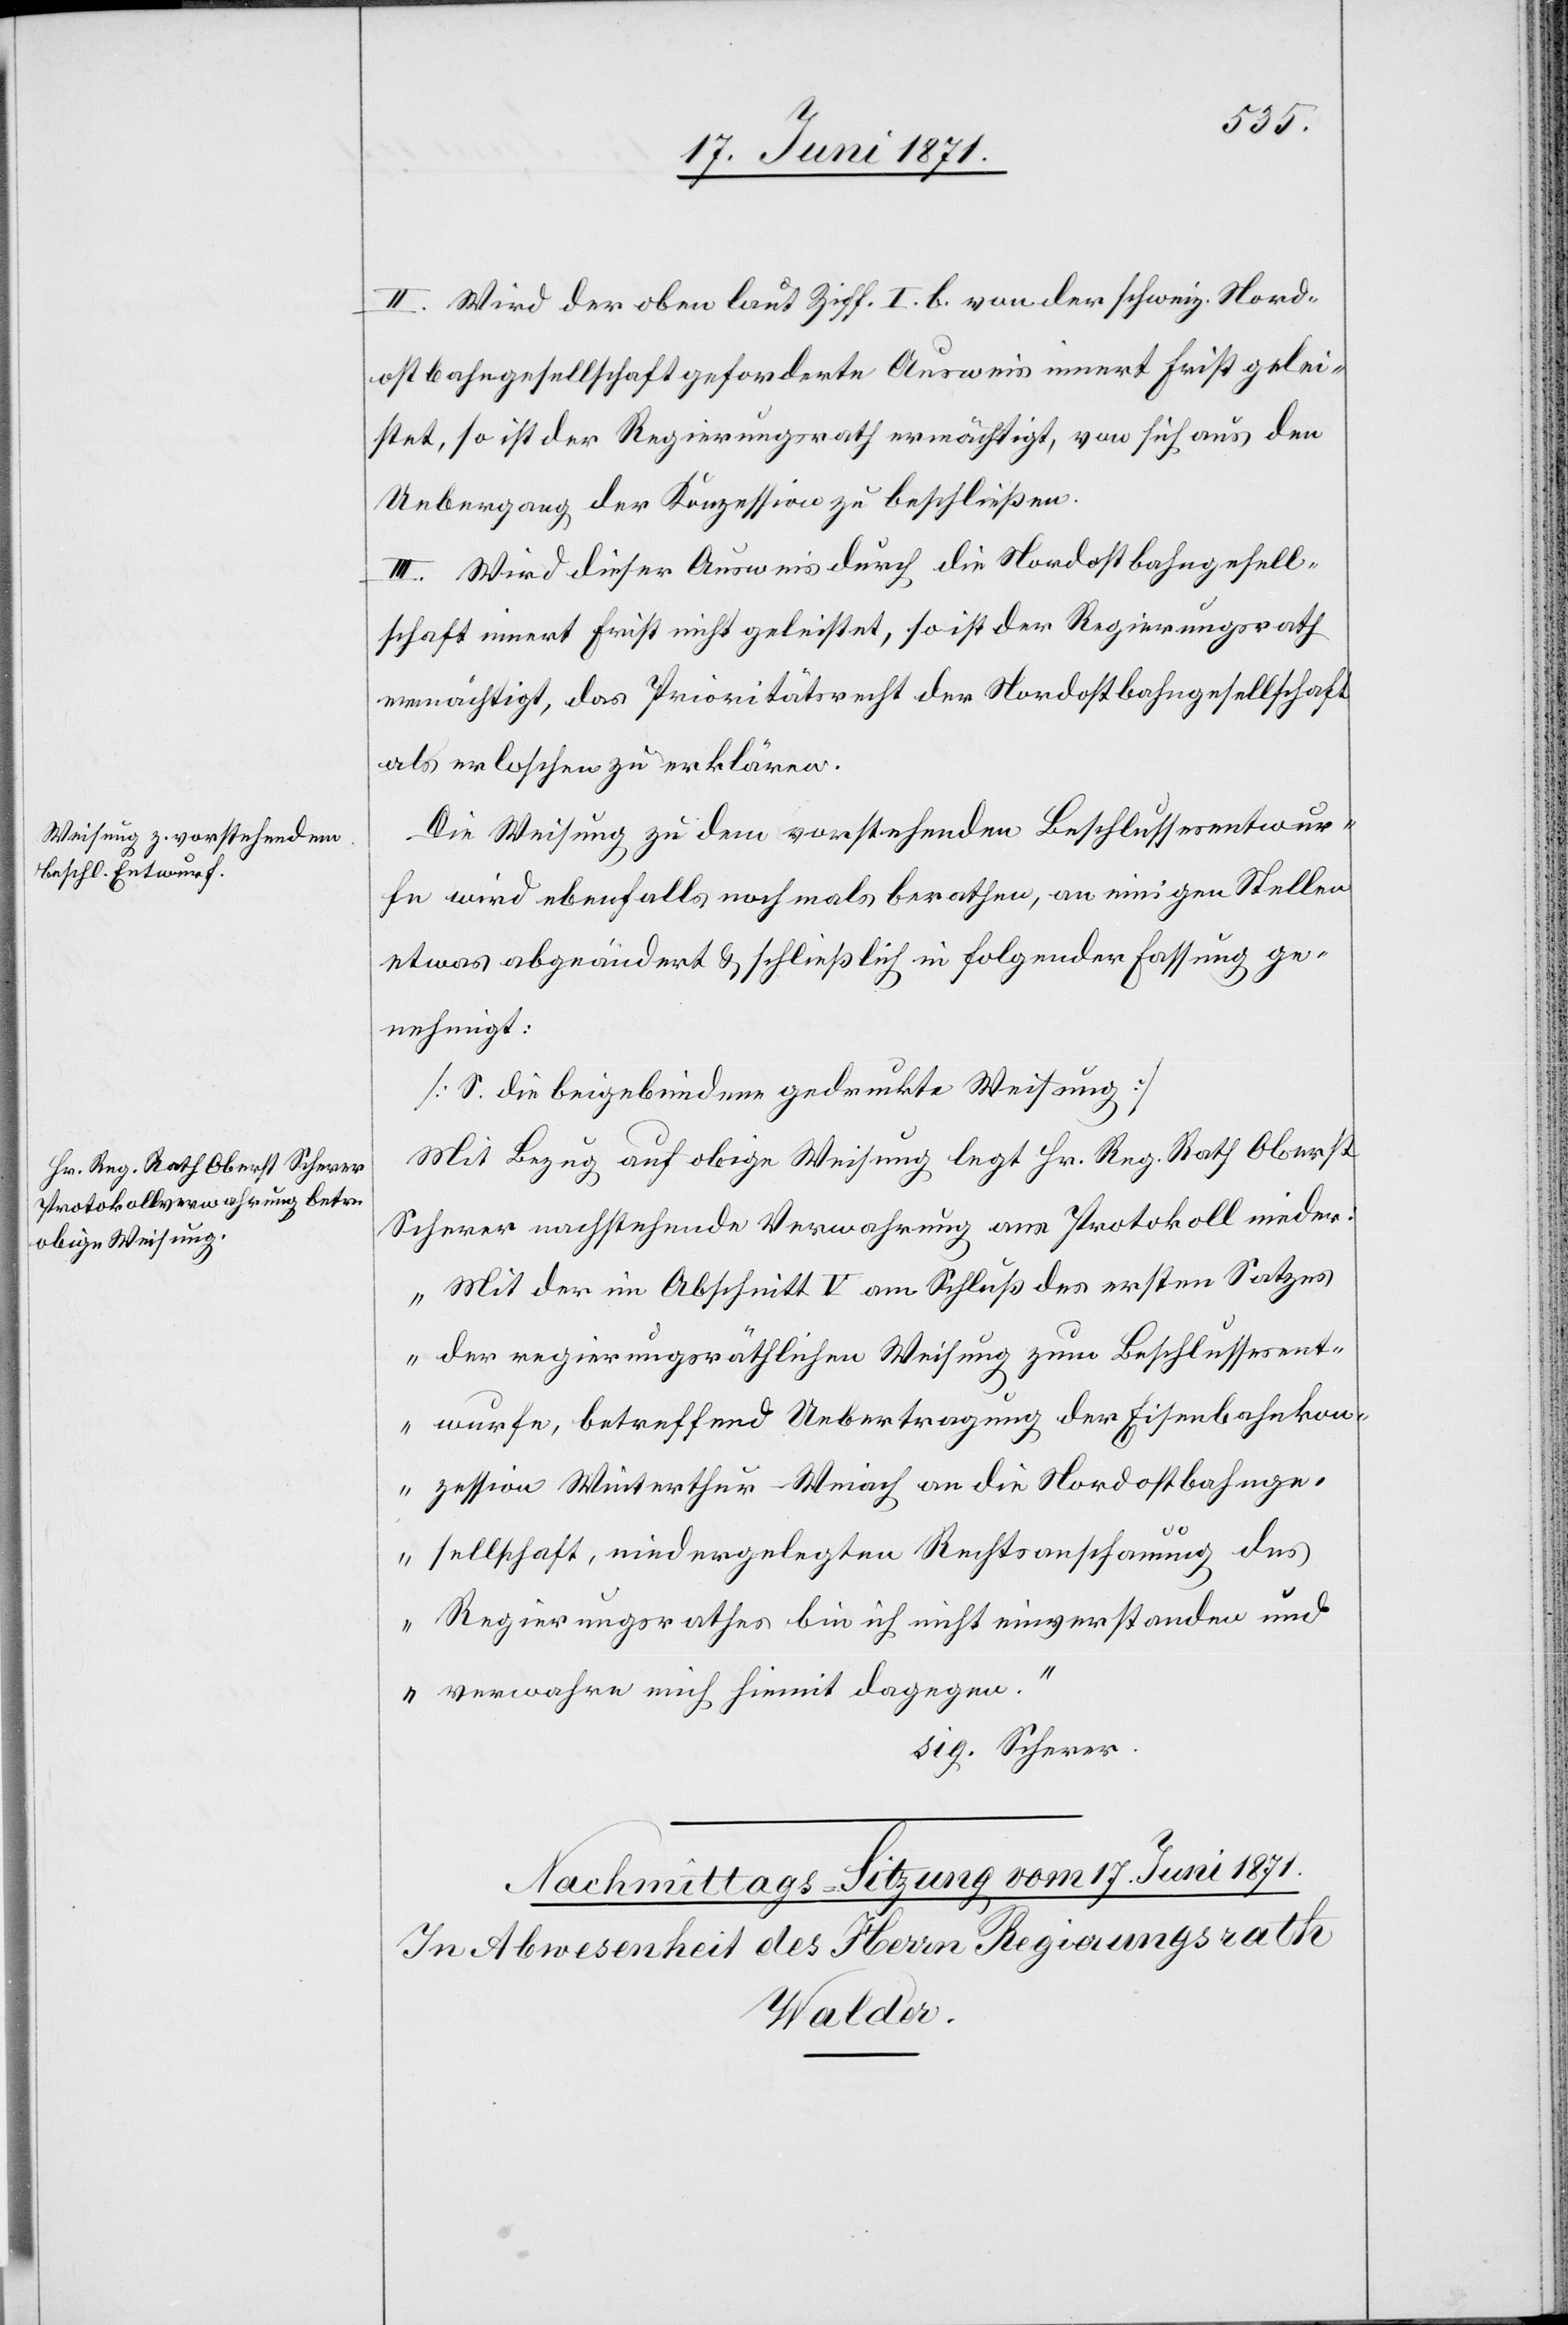
II. Wird der ober laut Ziff. I. b. von der schweiz. Nord¬
ostbahngesellschaft geforderte Ausweis innert Frist gelei¬
stet, so ist der Regierungsrath ermächtigt, von sich aus den
Uebergang der Konzession zu beschließen.
III. Wird dieser Ausweis durch die Nordostbahngesell¬
schaft innert Frist nicht geleistet, so ist der Regierungsrath
ermächtigt, das Prioritätsrecht der Nordostbahngesellschaft
als erloschen zu erklären.
Die Weisung zu dem vorstehenden Beschlussesentwur¬
fe wird ebenfalls nochmals berathen, an einigen Stellen
etwas abgeändert u. schließlich in folgender Fassung ge¬
nehmigt:
[S. die beigebundene gedruckte Weisung]
Mit Bezug auf obige Weisung legt Hr. Reg. Rath Oberst
Schwerer nachstehende Verwahrung ans Protokoll nieder.
„Mit der im Abschnitt V am Schluß des ersten Satzes
der regierungsräthlichen Weisung zum Beschlussesent¬
wurfe, betreffend Uebertragung der Eisenbahnkon¬
zession Winterthur-Weiach an die Nordostbahnge¬
sellschaft, niedergelegten Rechtsanschauung des
Regierungsrathes bin ich nicht einverstanden und
verwahre mich hiemit dagegen.“
sig. Scherer.